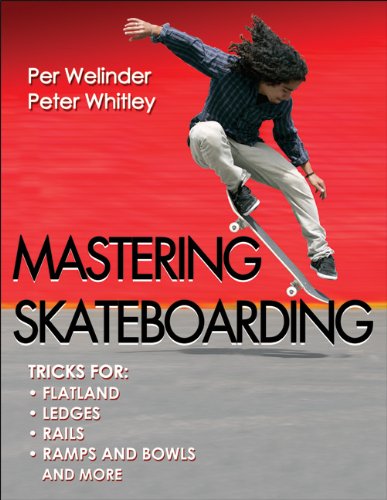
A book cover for Mastering Skateboarding; Per Welinder; Sports & Outdoors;